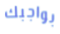
بواجبك